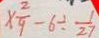
\times \frac { 2 } { 9 } - 6 \div \frac { 1 } { 2 7 }